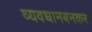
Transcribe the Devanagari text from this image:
व्यवधानबनकर